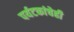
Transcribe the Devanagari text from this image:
पर्यटकांचेही